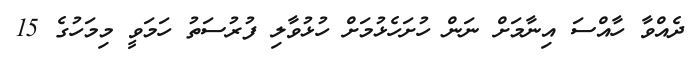
ދެއްވާ ހާއްސަ އިނާމަށް ނަން ހުށަހެޅުމަށް ހުޅުވާލި ފުރުސަތު ހަމަވީ މިމަހުގެ 15